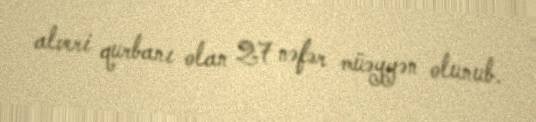
alveri qurbanı olan 27 nəfər müəyyən olunub.